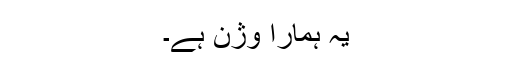
یہ ہمارا وژن ہے۔